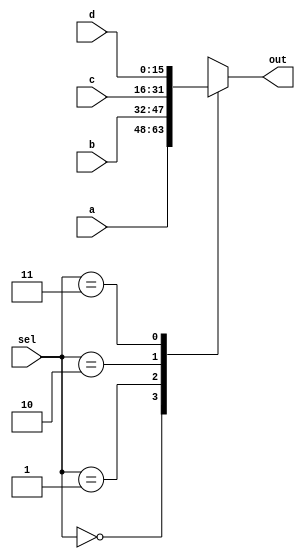
`timescale 1ns / 1ps
//////////////////////////////////////////////////////////////////////////////////
// Company: 
// Engineer: 
// 
// Design Name: 
// Module Name: mux4x1
// Project Name: 
// Target Devices: 
// Tool Versions: 
// Description: 
// 
// Dependencies: 
// 
// Revision:
// Revision 0.01 - File Created
// Additional Comments:
// 
//////////////////////////////////////////////////////////////////////////////////


module mux4x1(input [15:0] a, b, c, d, input [1:0] sel, output [15:0] out);
    wire [15:0] array [0:3];
    assign array[0] = a; 
    assign array[1] = b; 
    assign array[2] = c; 
    assign array[3] = d; 
    assign out = array[sel];
endmodule